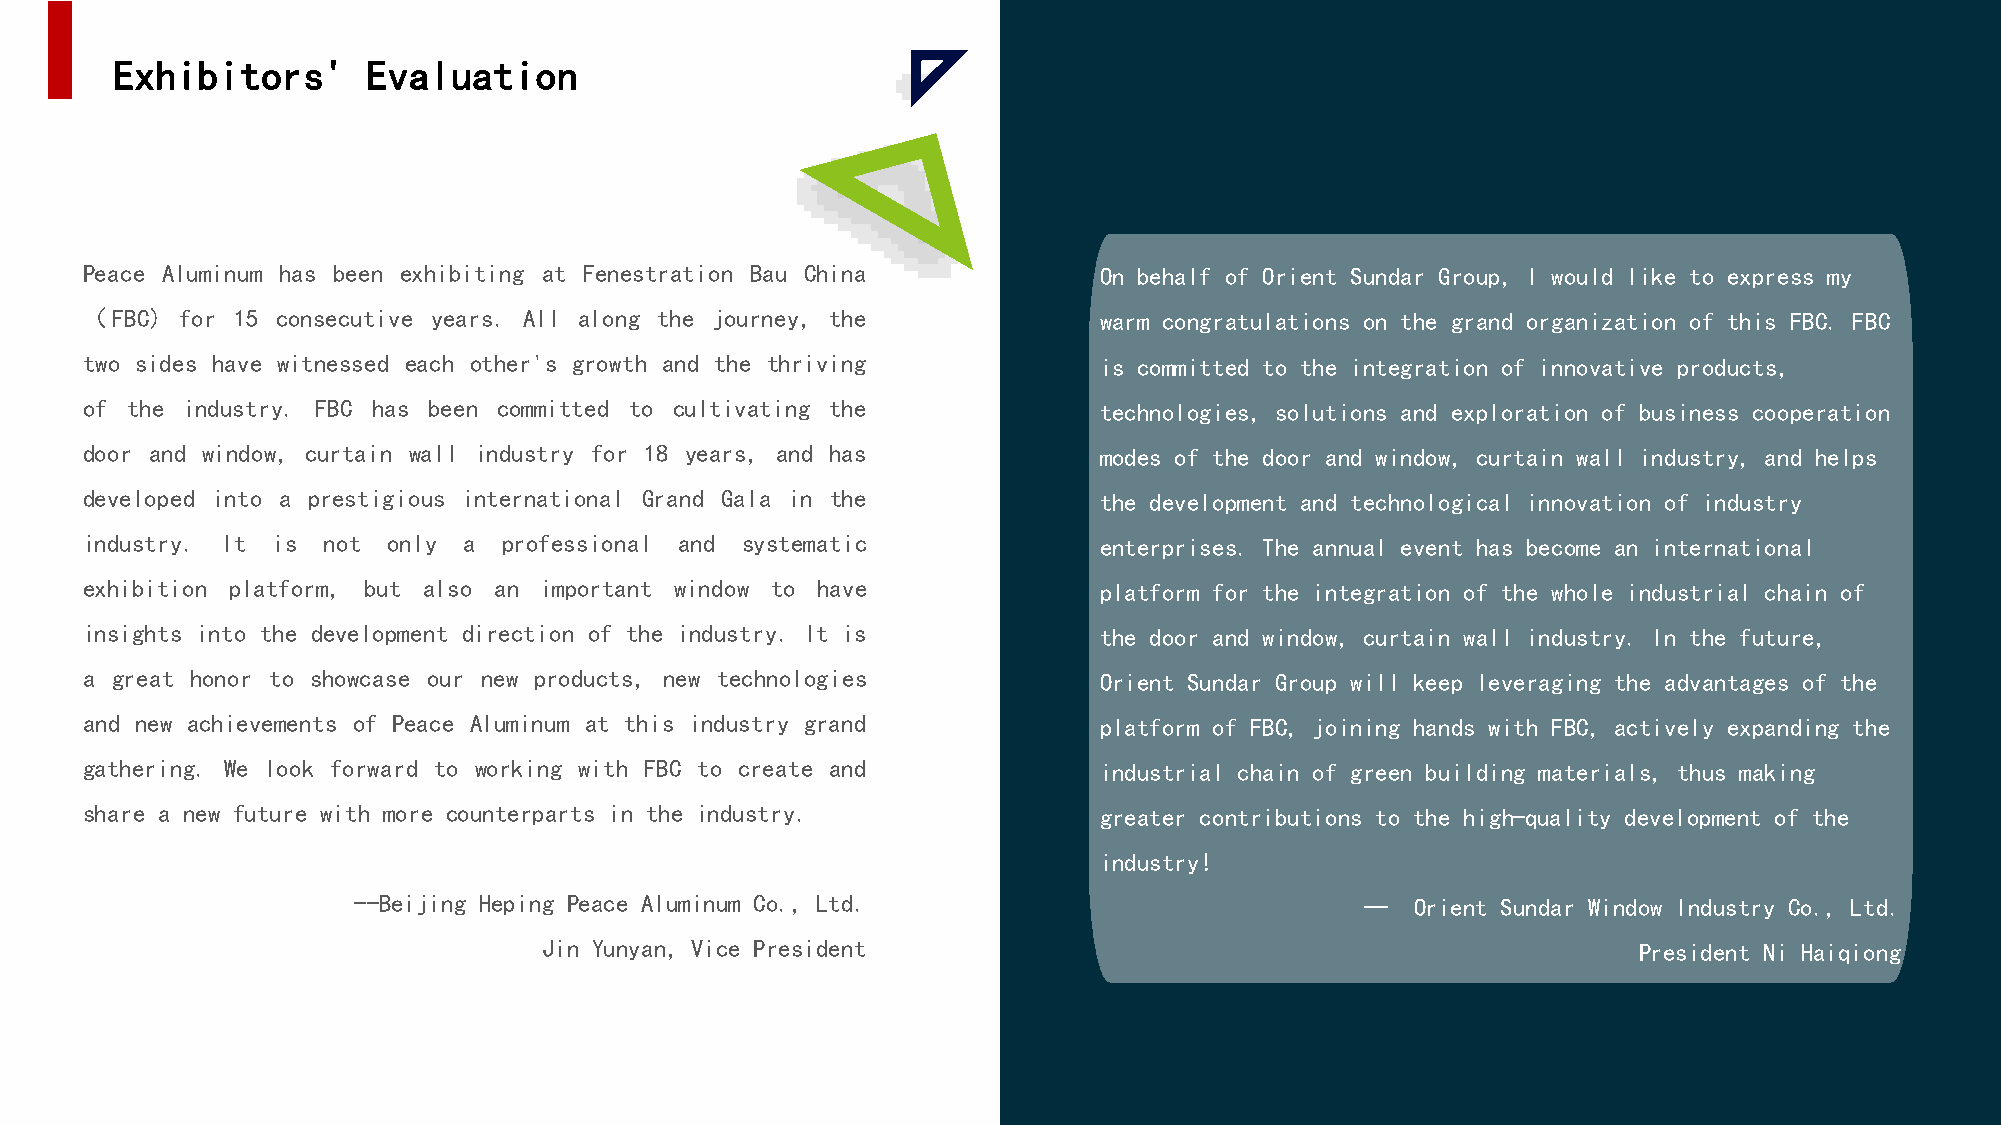
Exhibitors'      Evaluation
 Peace Aluminum has been exhibiting at Fenestration Bau China        On behalf of Orient Sundar Group, I would like to express my
 （FBC)  for 15 consecutive years. All along the journey, the         warm congratulations on the grand organization of this FBC. FBC
 two sides have witnessed each other's growth and the thriving       is committed to the integration of innovative products,
 of the industry. FBC has been committed to cultivating the          technologies, solutions and exploration of business cooperation
 door and window, curtain wall industry for 18 years, and has        modes of the door and window, curtain wall industry, and helps
 developed into a prestigious international Grand Gala in the        the development and technological innovation of industry
 industry. It is not  only a professional and systematic             enterprises. The annual event has become an international
 exhibition platform, but also an important window to have           platform for the integration of the whole industrial chain of
 insights into the development direction of the industry. It is      the door and window, curtain wall industry. In the future,
 a great honor to showcase our new products, new technologies        Orient Sundar Group will keep leveraging the advantages of the
 and new achievements of Peace Aluminum at this industry grand       platform of FBC, joining hands with FBC, actively expanding the
 gathering. We look forward to working with FBC to create and        industrial chain of green building materials, thus making
 share a new future with more counterparts in the industry.          greater contributions to the high-quality development of the
 industry!
 --Beijing Heping Peace Aluminum Co., Ltd.                          --  Orient Sundar Window Industry Co., Ltd.
 Jin Yunyan, Vice President                                              President Ni Haiqiong